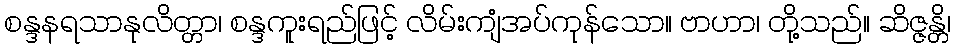
စန္ဒနရသာနုလိတ္တာ၊ စန္ဒကူးရည်ဖြင့် လိမ်းကျံအပ်ကုန်သော။ ဗာဟာ၊ တို့သည်။ ဆိဇ္ဇန္တိ၊